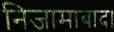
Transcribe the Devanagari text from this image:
निजामाबाद।